Leprosy in India: report of the Leprosy Commission in India, 1890-91
Year: 1890
Disease focus: Leprosy
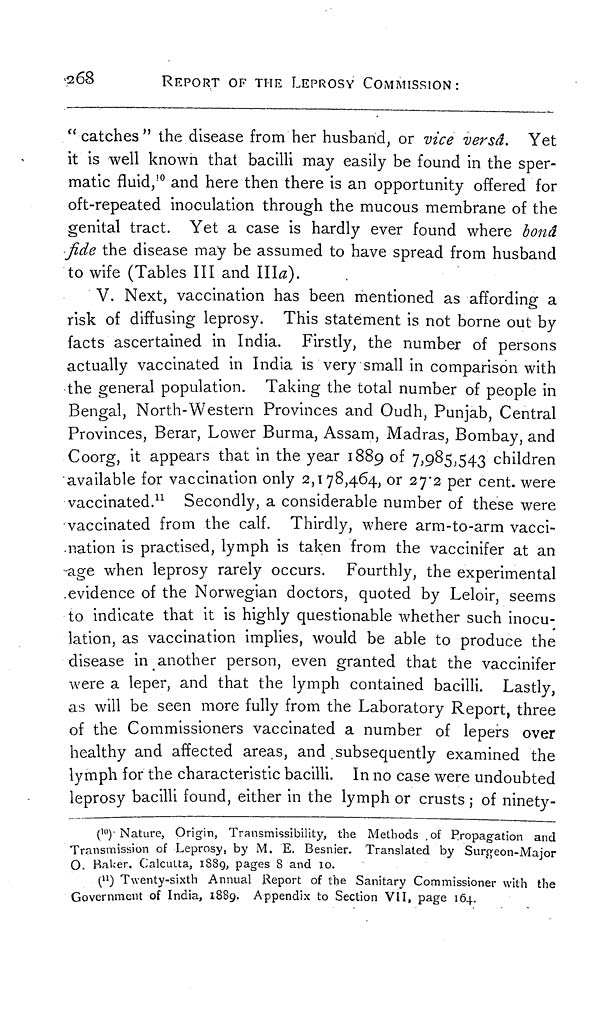
268
REPORT OF THE LEPROSY COMMISSION:
" catches " the disease from her husband, or vice versâ. Yet
it is well known that bacilli may easily be found in the sper-
matic fluid, 10 and here then there is an opportunity offered for
oft-repeated inoculation through the mucous membrane of the
genital tract. Yet a case is hardly ever found where bond
fide the disease may be assumed to have spread from husband
to wife (Tables III and l\\a).
V. Next, vaccination has been mentioned as affording a
risk of diffusing leprosy. This statement is not borne out by
facts ascertained in India. Firstly, the number of persons
actually vaccinated in India is very small in comparison with
the general population. Taking the total number of people in
Bengal, North-Western Provinces and Oudh, Punjab, Central
Provinces, Berar, Lower Burma, Assam, Madras, Bombay, and
Coorg, it appears that in the year 1889 of 7,985,543 children
available for vaccination only 2,178,464, or 27.2 per cent. were
vaccinated. 11 Secondly, a considerable number of these were
vaccinated from the calf. Thirdly, where arm-to-arm vacci-
nation is practised, lymph is taken from the vaccinifer at an
age when leprosy rarely occurs. Fourthly, the experimental
evidence of the Norwegian doctors, quoted by Leloir, seems
to indicate that it is highly questionable whether such inocu-
lation, as vaccination implies, would be able to produce the
disease in another person, even granted that the vaccinifer
were a leper, and that the lymph contained bacilli. Lastly,
as will be seen more fully from the Laboratory Report, three
of the Commissioners vaccinated a number of lepers over
healthy and affected areas, and subsequently examined the
lymph for the characteristic bacilli. In no case were undoubted
leprosy bacilli found, either in the lymph or crusts ; of ninety-
( 10) ) Nature, Origin, Transmissibilily, the Methods of Propagation and
Transmission of Leprosy, by M. E. Besnier. Translated by Surgeon-Major
O. Baker. Calcutta, 1889, pages 8 and 10.
( 11 ) Twenty-sixth Annual Report of the Sanitary Commissioner with the
Government of India, 1889. Appendix to Section VII, page 164.